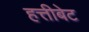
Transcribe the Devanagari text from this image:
हत्तीबेट